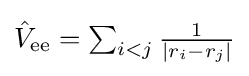
{\textstyle {\hat {V}}_{\text{ee}}=\sum _{i<j}{\frac {1}{|r_{i}-r_{j}|}}}